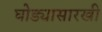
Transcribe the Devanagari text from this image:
घोड्यासारखी